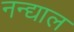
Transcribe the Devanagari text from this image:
नन्द्याल